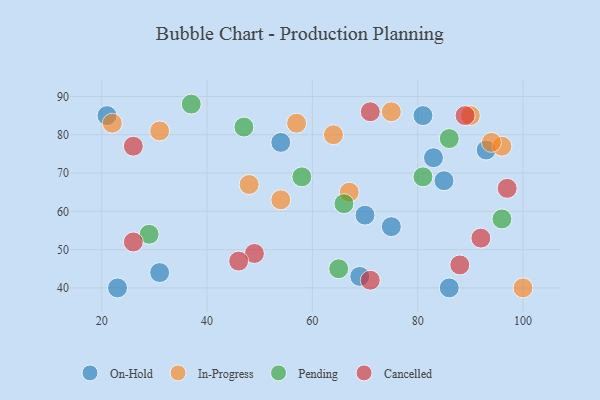
{"axis": {"x": "GDP", "y": "Life Expectancy"}, "legend": ["Cancelled", "In-Progress", "On-Hold", "Pending"], "data": [{"x": "86", "y": 40, "type": "On-Hold"}, {"x": "69", "y": 43, "type": "On-Hold"}, {"x": "75", "y": 56, "type": "On-Hold"}, {"x": "93", "y": 76, "type": "On-Hold"}, {"x": "54", "y": 78, "type": "On-Hold"}, {"x": "83", "y": 74, "type": "On-Hold"}, {"x": "81", "y": 85, "type": "On-Hold"}, {"x": "23", "y": 40, "type": "On-Hold"}, {"x": "21", "y": 85, "type": "On-Hold"}, {"x": "31", "y": 44, "type": "On-Hold"}, {"x": "85", "y": 68, "type": "On-Hold"}, {"x": "70", "y": 59, "type": "On-Hold"}, {"x": "22", "y": 83, "type": "In-Progress"}, {"x": "96", "y": 77, "type": "In-Progress"}, {"x": "75", "y": 86, "type": "In-Progress"}, {"x": "54", "y": 63, "type": "In-Progress"}, {"x": "90", "y": 85, "type": "In-Progress"}, {"x": "94", "y": 78, "type": "In-Progress"}, {"x": "57", "y": 83, "type": "In-Progress"}, {"x": "100", "y": 40, "type": "In-Progress"}, {"x": "48", "y": 67, "type": "In-Progress"}, {"x": "64", "y": 80, "type": "In-Progress"}, {"x": "67", "y": 65, "type": "In-Progress"}, {"x": "31", "y": 81, "type": "In-Progress"}, {"x": "86", "y": 79, "type": "Pending"}, {"x": "29", "y": 54, "type": "Pending"}, {"x": "37", "y": 88, "type": "Pending"}, {"x": "96", "y": 58, "type": "Pending"}, {"x": "66", "y": 62, "type": "Pending"}, {"x": "65", "y": 45, "type": "Pending"}, {"x": "47", "y": 82, "type": "Pending"}, {"x": "58", "y": 69, "type": "Pending"}, {"x": "81", "y": 69, "type": "Pending"}, {"x": "71", "y": 42, "type": "Cancelled"}, {"x": "97", "y": 66, "type": "Cancelled"}, {"x": "49", "y": 49, "type": "Cancelled"}, {"x": "26", "y": 52, "type": "Cancelled"}, {"x": "89", "y": 85, "type": "Cancelled"}, {"x": "92", "y": 53, "type": "Cancelled"}, {"x": "46", "y": 47, "type": "Cancelled"}, {"x": "71", "y": 86, "type": "Cancelled"}, {"x": "88", "y": 46, "type": "Cancelled"}, {"x": "26", "y": 77, "type": "Cancelled"}]}